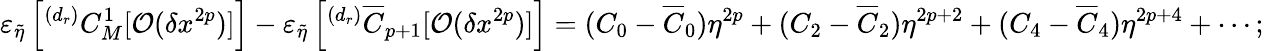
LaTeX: \varepsilon_{\tilde{\eta}}\left[^{(d_{r})}C_{M}^{1}[\mathcal{O}(\delta x^{2p})]\right]-\varepsilon_{\tilde{\eta}}\left[^{(d_{r})}\overline{{C}}_{p+1}[\mathcal{O}(\delta x^{2p})]\right]=(C_{0}-\overline{{C}}_{0})\eta^{2p}+(C_{2}-\overline{{C}}_{2})\eta^{2p+2}+(C_{4}-\overline{{C}}_{4})\eta^{2p+4}+\cdots;